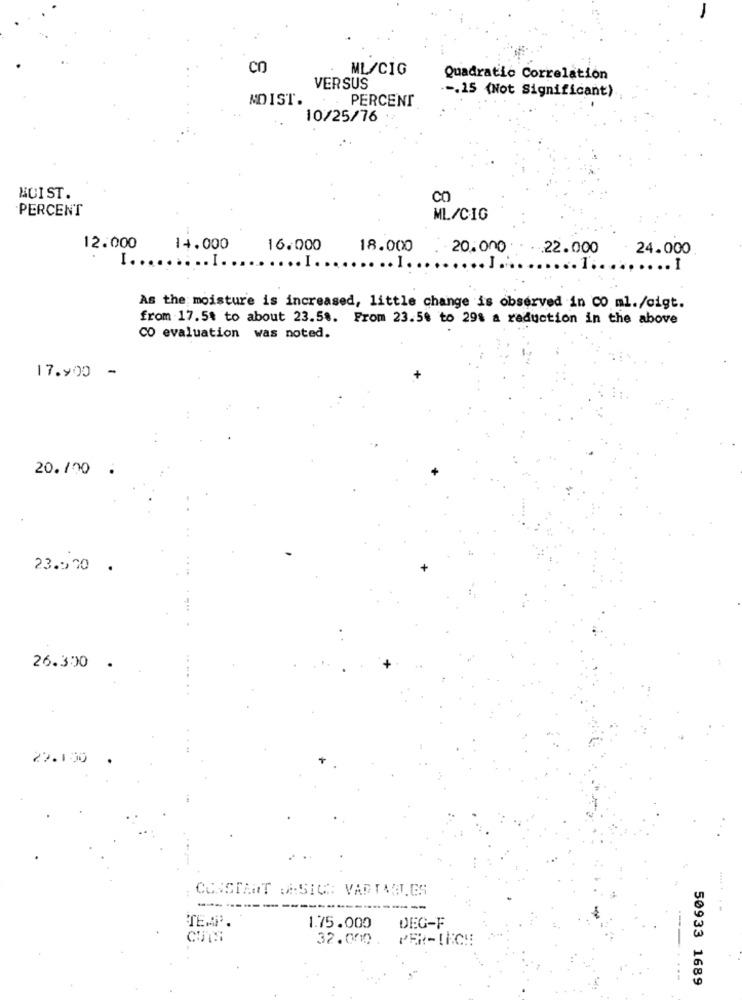
CO
ML/CIG
Quadratic Correlation
VERSUS
.-. 15 (Not Significant)
MDIST.
PERCENT
10/25/76
HUI ST.
CO
PERCENT
ML/CIG
12.000
14.000
16.000
18.000
20.000 .
.22.000
24.000
I ..
...
.I.
.. I
..... I.
.... J
..... I
As the moisture is increased, little change is observed in CO ml./cigt.
from 17.54 to about 23.58. From 23.50 to 298 a reduction in the above
CO evaluation was noted.
17.900 -
20.100
23.570 .
26.300 .
22.190
CONSTANT DA:SICH VARTAN.GS
--------
.......
TEMP.
1.75.000
DEG-F
32.000. PER-INCH
50933 1689